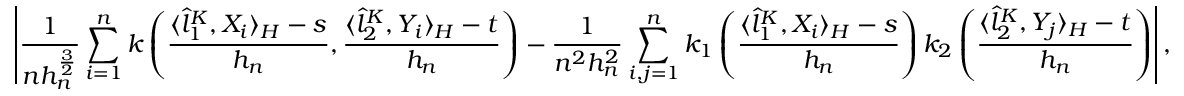
\left| \frac { 1 } { n h _ { n } ^ { \frac { 3 } { 2 } } } \sum _ { i = 1 } ^ { n } k \left( \frac { \langle \hat { l } _ { 1 } ^ { K } , X _ { i } \rangle _ { \cal { H } } - s } { h _ { n } } , \frac { \langle \hat { l } _ { 2 } ^ { K } , Y _ { i } \rangle _ { \cal { H } } - t } { h _ { n } } \right) - \frac { 1 } { n ^ { 2 } h _ { n } ^ { 2 } } \sum _ { i , j = 1 } ^ { n } k _ { 1 } \left( \frac { \langle \hat { l } _ { 1 } ^ { K } , X _ { i } \rangle _ { \cal { H } } - s } { h _ { n } } \right) k _ { 2 } \left( \frac { \langle \hat { l } _ { 2 } ^ { K } , Y _ { j } \rangle _ { \cal { H } } - t } { h _ { n } } \right) \right| ,